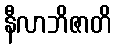
နီလာဘိဇာတိ